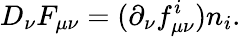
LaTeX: D_{\nu}F_{\mu\nu}=(\partial_{\nu}f_{\mu\nu}^{i})n_{i}.